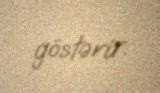
göstərir.